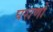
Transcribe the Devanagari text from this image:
घराणो